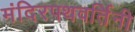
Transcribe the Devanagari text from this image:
मंदिरपथवर्तिनी